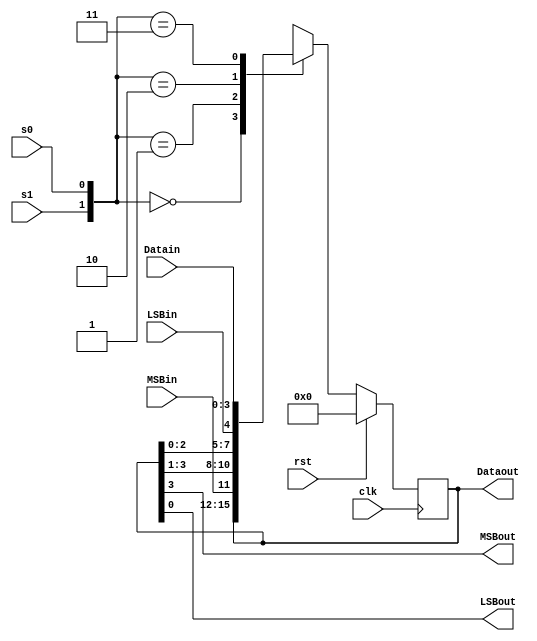
module shiftReg(MSBin,LSBin,s1,s0,clk,rst,MSBout,LSBout,Datain,Dataout);
    input clk,rst,MSBin,LSBin,s1,s0;
    input [3:0] Datain;
    output MSBout,LSBout;
    output reg[3:0] Dataout;
    
    assign MSBout=Dataout[3];
    assign LSBout=Dataout[0];

    always @(negedge clk)
        begin
          if(rst) Dataout<=0;
          else
            case({s1,s0})
                0:Dataout<=Dataout; //hold
                1:Dataout<={MSBin,Dataout[3:1]}; //Shift Right
                2:Dataout<={Dataout[2:0],LSBin}; //Shift Left
                3:Dataout<=Datain; //Parallel Load
            endcase
        end

endmodule